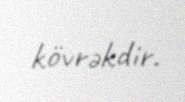
kövrəkdir.